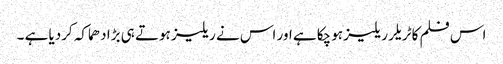
اس فلم کا ٹریلر ریلیز ہوچکا ہے اور اس نے ریلیز ہوتے ہی بڑا دھماکہ کردیا ہے ۔